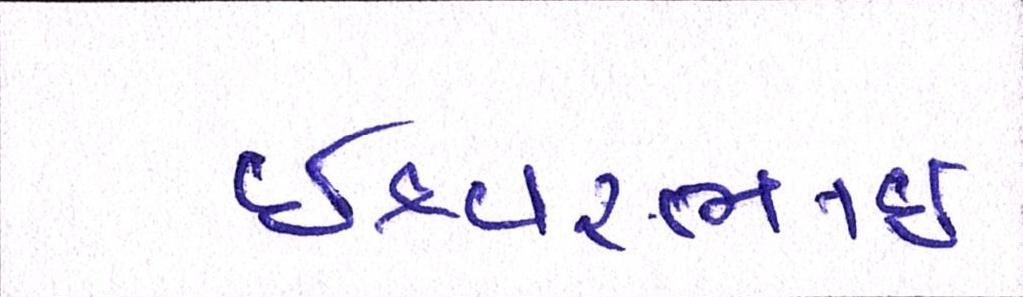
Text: ઇશ્વરભાઇ